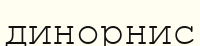
динорнис